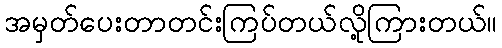
အမှတ်ပေးတာတင်းကြပ်တယ်လို့ကြားတယ်။